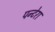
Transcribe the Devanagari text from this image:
पन्टेरा